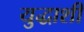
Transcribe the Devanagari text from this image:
युद्धाशी